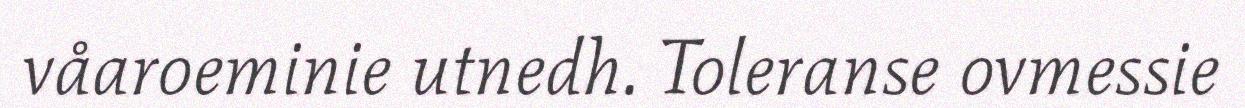
våaroeminie utnedh. Toleranse ovmessie